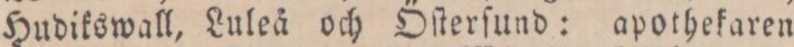
Hudikswall, Luleå och Öſterſund: apothekaren